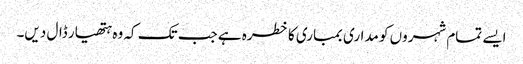
ایسے تمام شہروں کو مداری بمباری کا خطرہ ہے جب تک کہ وہ ہتھیار ڈال دیں۔